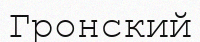
Гронский